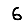
Digit: 6